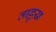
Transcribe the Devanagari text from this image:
ताल्लुख़